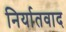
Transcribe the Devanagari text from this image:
निर्यातवाद